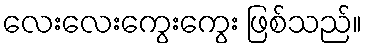
လေးလေးကွေးကွေး ဖြစ်သည်။